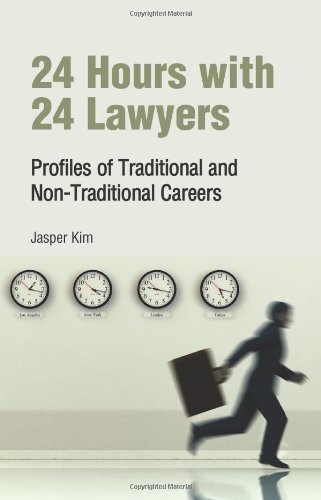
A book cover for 24 Hours with 24 Lawyers: Profiles of Traditional and Non-Traditional Careers; Jasper Kim; Law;